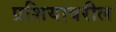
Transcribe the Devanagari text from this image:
प्रशियावरील